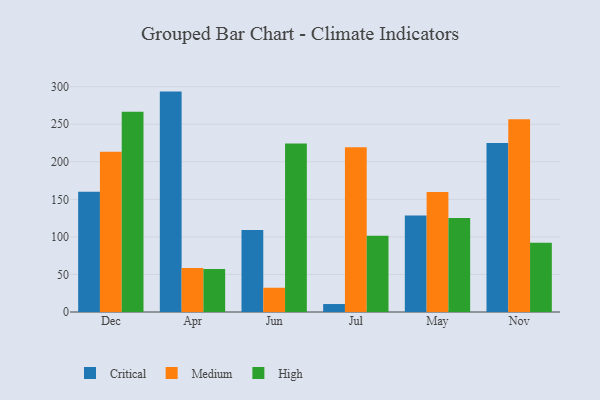
{"axis": {"x": "Month", "y": "Bounce Rate (%)"}, "legend": ["Critical", "High", "Medium"], "data": [{"x": "Dec", "y": 160.2, "type": "Critical"}, {"x": "Dec", "y": 213.3, "type": "Medium"}, {"x": "Dec", "y": 266.7, "type": "High"}, {"x": "Apr", "y": 293.4, "type": "Critical"}, {"x": "Apr", "y": 58.6, "type": "Medium"}, {"x": "Apr", "y": 57.4, "type": "High"}, {"x": "Jun", "y": 109.1, "type": "Critical"}, {"x": "Jun", "y": 32.3, "type": "Medium"}, {"x": "Jun", "y": 224.2, "type": "High"}, {"x": "Jul", "y": 10.6, "type": "Critical"}, {"x": "Jul", "y": 219.4, "type": "Medium"}, {"x": "Jul", "y": 101.4, "type": "High"}, {"x": "May", "y": 128.5, "type": "Critical"}, {"x": "May", "y": 159.9, "type": "Medium"}, {"x": "May", "y": 125.1, "type": "High"}, {"x": "Nov", "y": 224.9, "type": "Critical"}, {"x": "Nov", "y": 256.5, "type": "Medium"}, {"x": "Nov", "y": 92.2, "type": "High"}]}